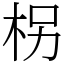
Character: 柺